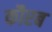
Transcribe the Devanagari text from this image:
कौरब